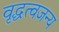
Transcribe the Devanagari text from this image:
वृद्धत्वजन्य